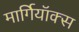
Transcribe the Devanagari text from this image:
मार्गियॉक्स